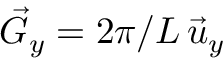
\vec { G } _ { y } = 2 \pi / L \, \vec { u } _ { y }